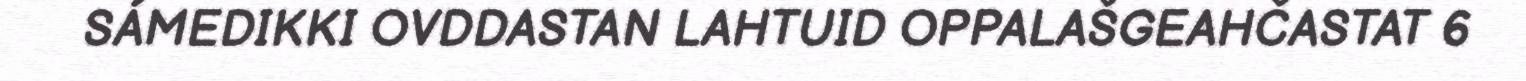
SÁMEDIKKI OVDDASTAN LAHTUID OPPALAŠGEAHČASTAT 6